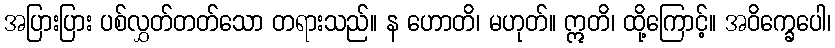
အပြားပြား ပစ်လွှတ်တတ်သော တရားသည်။ န ဟောတိ၊ မဟုတ်။ ဣတိ၊ ထို့ကြောင့်။ အဝိက္ခေပေါ၊